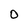
Character: 0